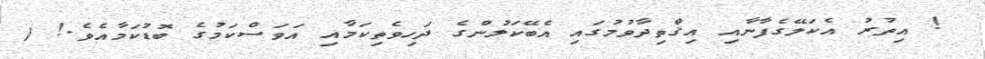
! އިތުރު އެކަލޭގެފާނާއި އިޤްތިދާވުމުގައި އެބޭކަލުންގެ ދަހިވެތިކަމާއި އަވަސްކަމުގެ ބޮޑުކަމާއެވެ.! (